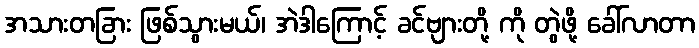
အသားတခြား ဖြစ်သွားမယ်၊ အဲဒါကြောင့် ခင်ဗျားတို့ ကို တွဲဖို့ ခေါ်လာတာ